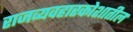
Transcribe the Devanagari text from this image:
राजव्यवहारकोशातील